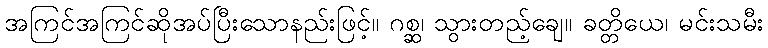
အကြင်အကြင်ဆိုအပ်ပြီးသောနည်းဖြင့်။ ဂစ္ဆ၊ သွားတည့်ချေ။ ခတ္တိယေ၊ မင်းသမီး